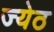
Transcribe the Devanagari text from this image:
ज्येठ